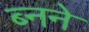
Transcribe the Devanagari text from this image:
ब्नने